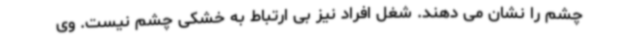
چشم را نشان می دهند. شغل افراد نیز بی ارتباط به خشکی چشم نیست. وی